Civil Veterinary Department Bengal reports 1923-33 - 1923-1933
Year: 1923
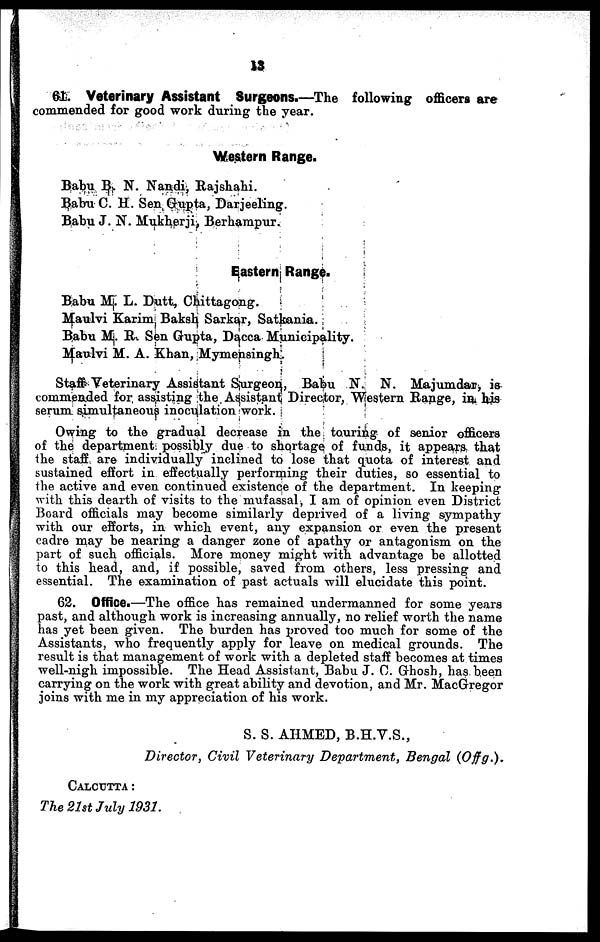
13
61. Veterinary Assistant Surgeons.—The following officers are
commended for good work during the year.
Western Range.
Babu B. N. Nandi, Rajshahi.
Babu C. H. Sen Gupta, Darjeeling.
Babu J. N. Mukherji, Berhampur.
Eastern Range.
Babu M. L. Dutt, Chittagong.
Maulvi Karim Baksh Sarkar, Satkania.
Babu M. R. Sen Gupta, Dacca Municipality.
Maulvi M. A. Khan, Mymensingh,
Staff Veterinary Assistant Surgeon, Babu N. N. Majumdar, is
commended for assisting the Assistant Director, Western Range, in his
serum simultaneous inoculation work.
Owing to the gradual decrease in the touring of senior officers
of the department possibly due to shortage of funds, it appears that
the staff are individually inclined to lose that quota of interest and
sustained effort in effectually performing their duties, so essential to
the active and even continued existence of the department. In keeping
with this dearth of visits to the mufassal, I am of opinion even District
Board officials may become similarly deprived of a living sympathy
with our efforts, in which event, any expansion or even the present
cadre may be nearing a danger zone of apathy or antagonism on the
part of such officials. More money might with advantage be allotted
to this head, and, if possible, saved from others, less pressing and
essential. The examination of past actuals will elucidate this point.
62. Office.—The office has remained undermanned for some years
past, and although work is increasing annually, no relief worth the name
has yet been given. The burden has proved too much for some of the
Assistants, who frequently apply for leave on medical grounds. The
result is that management of work with a depleted staff becomes at times
well-nigh impossible. The Head Assistant, Babu J. C. Ghosh, has been
carrying on the work with great ability and devotion, and Mr. MacGregor
joins with me in my appreciation of his work.
S. S. AHMED, B.H.V.S.,
Director, Civil Veterinary Department, Bengal
(Offg.).